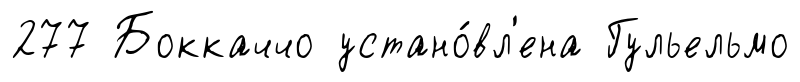
277 Боккаччо устано́вл'ена Гульельмо